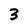
Character: 3